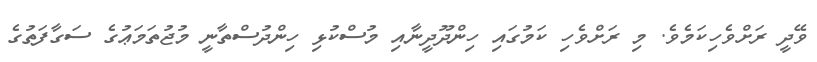
ވޭދީ ރަށްވެހިކަމެވެ. މި ރަށްވެހި ކަމުގައި ހިންދޫދީނާއި މުސްކުޅި ހިންދުސްތާނީ މުޖުތަމަޢުގެ ސަގާފަތުގެ